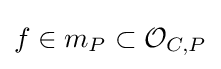
f\in m_{P}\subset {\mathcal {O}}_{C,P}